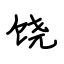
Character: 饶